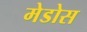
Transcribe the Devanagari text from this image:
मेडोस